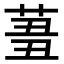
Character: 𦱪